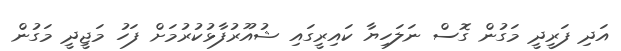
އަދި ފަރީދީ މަގުން ގޮސް ނަލަހިޔާ ކައިރީގައި ޝުއޫރުފާޅުކުރުމަށް ފަހު މަޖީދީ މަގުން